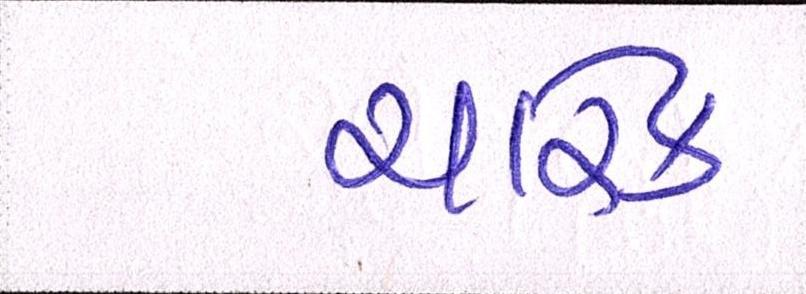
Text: ચારેક